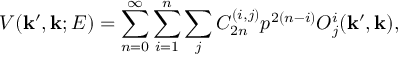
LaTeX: V ( { \bf k } ^ { \prime } , { \bf k } ; E ) = \sum _ { n = 0 } ^ { \infty } \sum _ { i = 1 } ^ { n } \sum _ { j } C _ { 2 n } ^ { ( i , j ) } p ^ { 2 ( n - i ) } { \cal O } _ { j } ^ { i } ( { \bf k } ^ { \prime } , { \bf k } ) ,